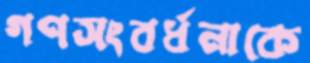
গণসংবর্ধনাকে